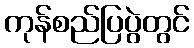
ကုန်စည်ပြပွဲတွင်